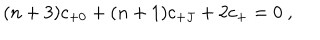
( n + 3 ) c _ { + 0 } + ( n + 1 ) c _ { + J } + 2 c _ { + } = 0 \ ,